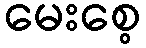
မေးစေ့